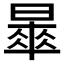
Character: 𣊚